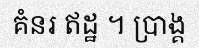
គំនរ ឥដ្ឋ ។ ប្រាង្គ